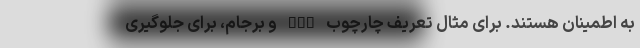
به اطمینان هستند. برای مثال تعریف چارچوب NPT و برجام، برای جلوگیری